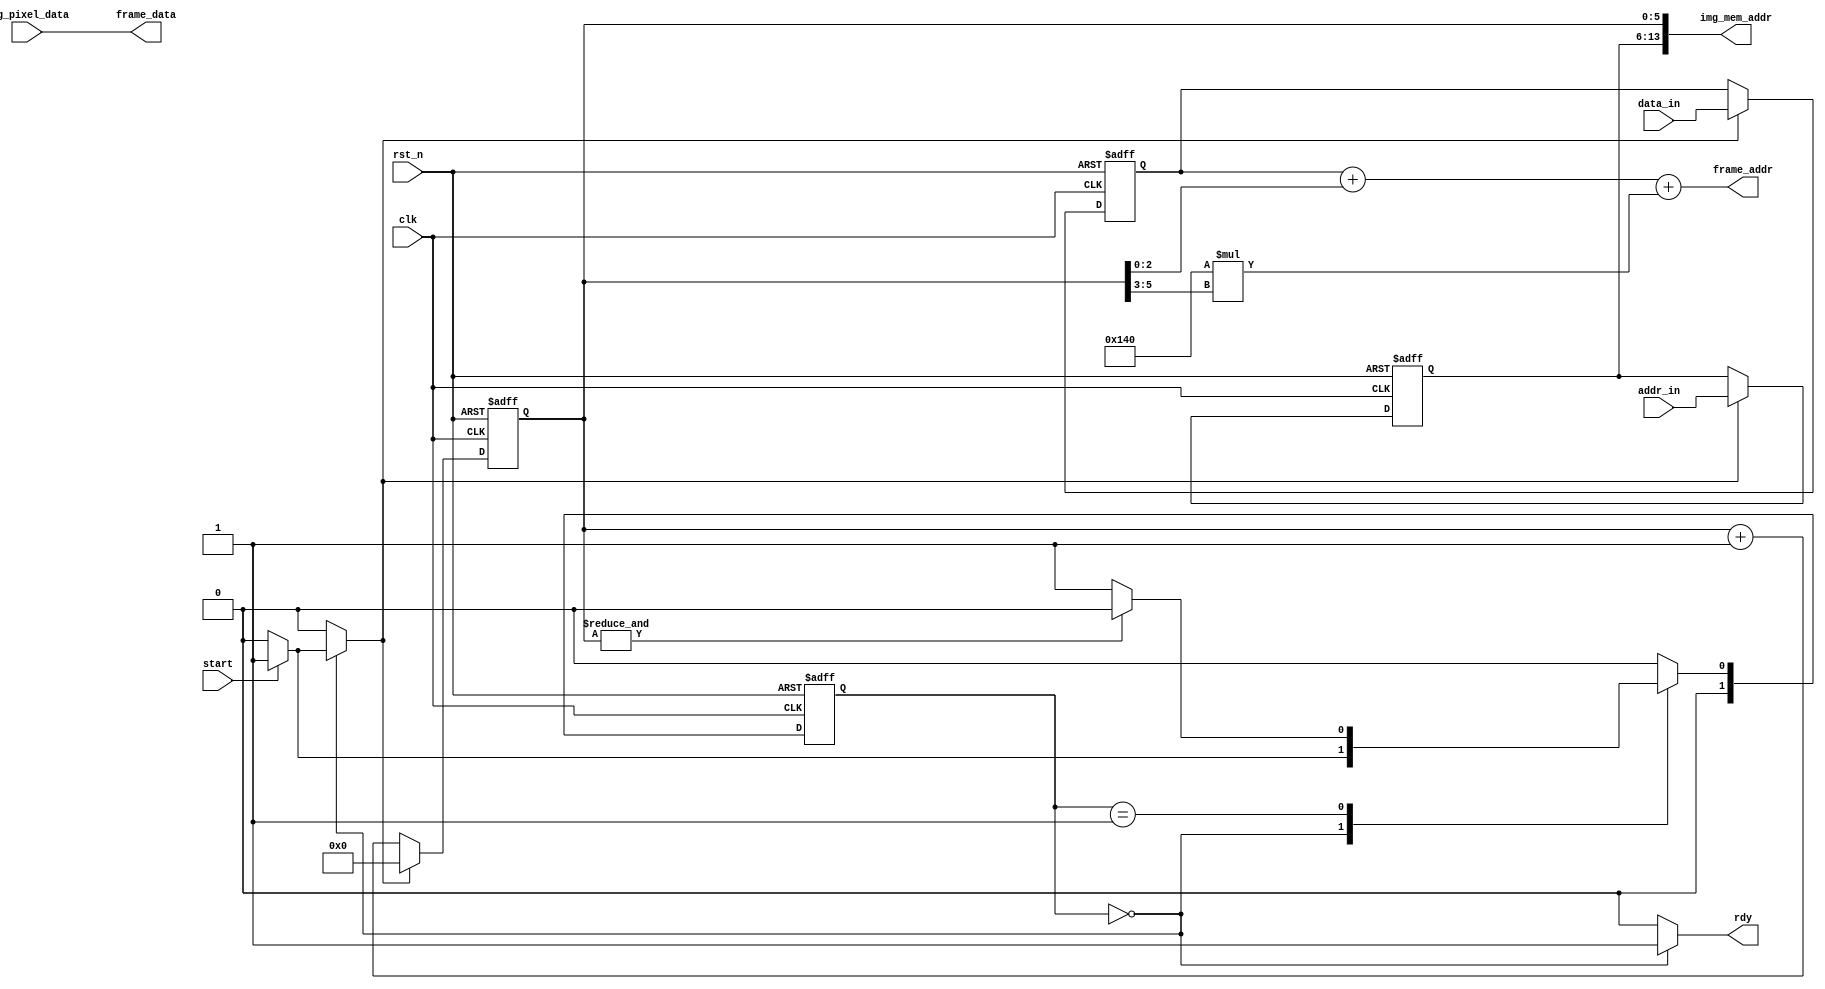
module draw_sprite(
		input clk,
		input rst_n,
		input start,
		input [16:0] data_in,
		input [7:0] addr_in,
		output [16:0] frame_addr,
		output [23:0] frame_data,
		output [13:0] img_mem_addr,
		input [23:0] img_pixel_data,
		output reg rdy
	);
	
	localparam IDLE = 2'b00;
	localparam WRITE_FRAME = 2'b01;
	
	reg [1:0] state, nxt_state;
	reg [16:0] coordinates;
	reg ld_data, rst_counter;
	reg [7:0] img_addr;
	reg [5:0] counter;
	
	assign img_mem_addr = {img_addr, counter};
	assign frame_addr = coordinates + counter[2:0] + 320 * counter[5:3];
	assign frame_data = img_pixel_data;
	
	always @ (posedge clk, negedge rst_n)
		if(!rst_n)
			counter <= 0;
		else if (rst_counter)
			counter <= 0;
		else
			counter <= counter + 1;
	
	always @ (posedge clk, negedge rst_n)
		if(!rst_n)
			state <= 0;
		else
			state <= nxt_state;
		
	always @ (posedge clk, negedge rst_n)
		if(!rst_n) begin
			coordinates <= 0;
			img_addr <= 0;
		end
		else if(ld_data) begin
			coordinates <= data_in;
			img_addr <= addr_in;
		end
		
	always @ (*) begin
		rdy = 0;
		ld_data = 0;
		rst_counter = 0;
		nxt_state = IDLE;
		case(state)
			IDLE : begin
				rdy = 1;
				if(start) begin
					nxt_state = WRITE_FRAME;
					ld_data = 1;
					rst_counter = 1;
				end
			end
			WRITE_FRAME : begin
				if(~&counter)
					nxt_state = WRITE_FRAME;
			end
		endcase
	end
	
endmodule